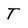
Character: T